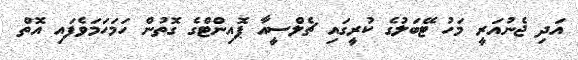
އަދި ޖެނުއަރީ މަހު ޓޭބަލުގެ ކުރީގައި ޗެލްސީއާ ޕޮއިންޓްގެ ގޮތުން ހަމަހަމަވެފައި އޮތް